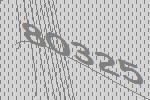
80325